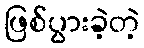
ဖြစ်ပွားခဲ့တဲ့